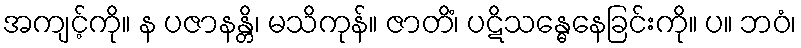
အကျင့်ကို။ န ပဇာနန္တိ၊ မသိကုန်။ ဇာတိံ၊ ပဋိသန္ဓေနေခြင်းကို။ ပ။ ဘဝံ၊